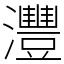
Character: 灃